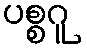
ပစ္စဂူ